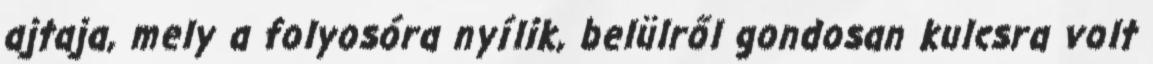
ajtaja, mely a folyosóra nyílik, belülről gondosan kulcsra volt